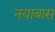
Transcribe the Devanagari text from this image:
नयाबांस